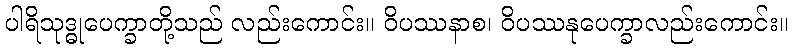
ပါရိသုဒ္ဓုပေက္ခာတို့သည် လည်းကောင်း။ ဝိပဿနာစ၊ ဝိပဿနုပေက္ခာလည်းကောင်း။